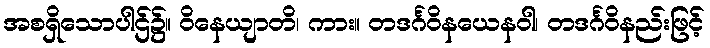
အစရှိသောပါဌ်၌။ ဝိနေယျာတိ၊ ကား။ တဒင်္ဂဝိနယေနဝါ၊ တဒင်္ဂဝိနည်းဖြင့်